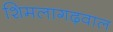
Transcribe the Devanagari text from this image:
शिमलागढ़वाल